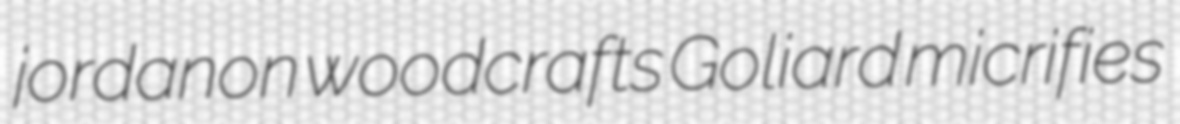
jordanon woodcrafts Goliard micrifies